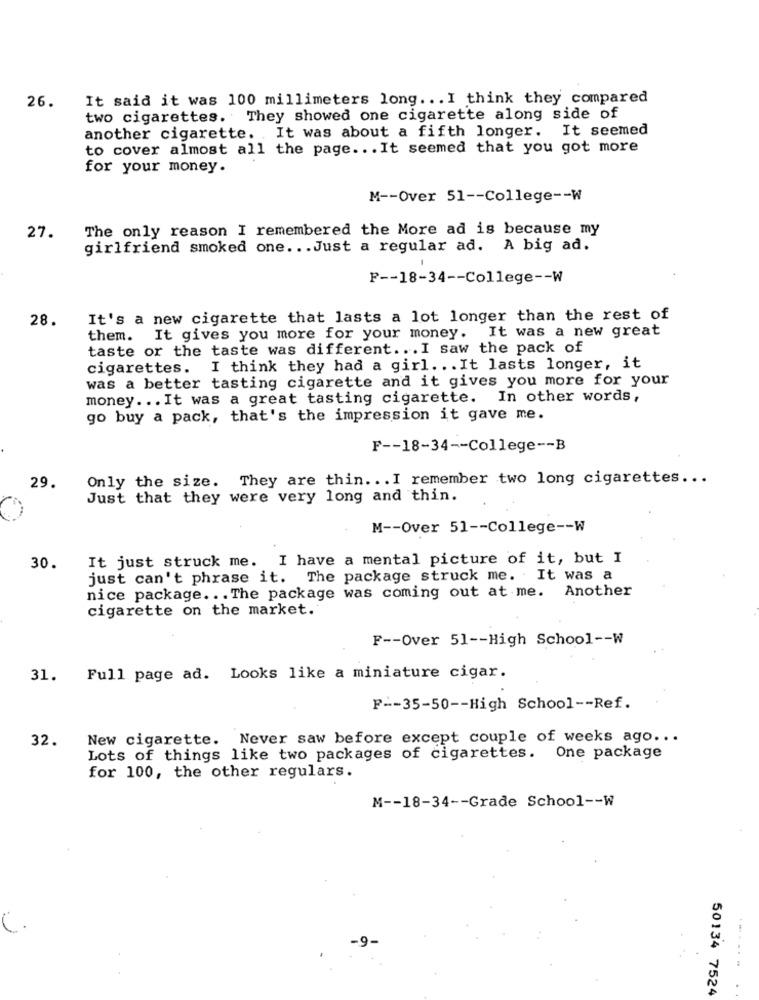
26.
It said it was 100 millimeters long .. . I think they compared
two cigarettes. They showed one cigarette along side of
another cigarette. It was about a fifth longer. It seemed
to cover almost all the page ... It seemed that you got more
for your money.
M -- Over 51 -- College -- W
The only reason I remembered the More ad is because my
27.
girlfriend smoked one ... Just a regular ad. A big ad.
F -- 18-34 -- College -- W
28.
It's a new cigarette that lasts a lot longer than the rest of
them. It gives you more for your money. It was a new great
taste or the taste was different ... I saw the pack of
cigarettes. I think they had a girl. .. It lasts longer, it
was a better tasting cigarette and it gives you more for your
money ... It was a great tasting cigarette. In other words,
go buy a pack, that's the impression it gave me.
F -- 18-34 -- College -- B
Only the size. They are thin ... I remember two long cigarettes ...
29.
Just that they were very long and thin.
M -- Over 51 -- College -- W
It just struck me. I have a mental picture of it, but I
30.
just can't phrase it. The package struck me. It was a
nice package ... The package was coming out at me. Another
cigarette on the market.
F -- Over 51 -- High School -- W
31. Full page ad. Looks like a miniature cigar.
F -- 35-50 -- High School -- Ref.
32.
New cigarette. Never saw before except couple of weeks ago ...
Lots of things like two packages of cigarettes. One package
for 100, the other regulars.
M -- 18-34 -- Grade School -- W
50134 7524